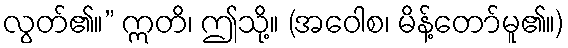
လွတ်၏။” ဣတိ၊ ဤသို့။ (အဝေါစ၊ မိန့်တော်မူ၏။)